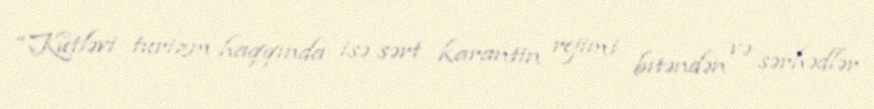
“Kütləvi turizm haqqında isə sərt karantin rejimi bitəndən və sərhədlər